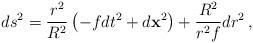
LaTeX: \begin{align*}ds^2 = {r^2\over R^2} \left( - f dt^2 + d{\bf x}^2\right)+ {R^2\over r^2 f } d r^2 \,, \end{align*}